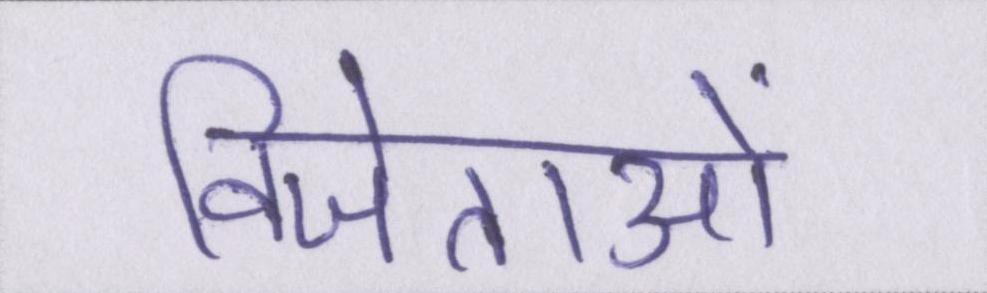
विजेताओं